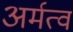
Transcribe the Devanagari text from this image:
अर्मत्व